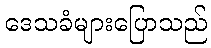
ဒေသခံများပြောသည်